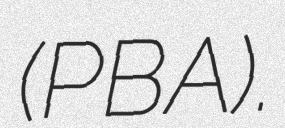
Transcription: (PBA).